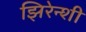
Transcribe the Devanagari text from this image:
झिरेन्शी